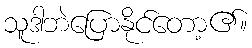
သူဒါဘဲပြောနိုင်တော့၏။